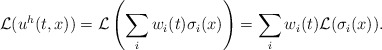
\begin{align*}\mathcal{L}(u^h(t,x))=\mathcal{L}\left(\sum_i w_i(t)\sigma_i(x)\right)= \sum_i w_i(t)\mathcal{L}(\sigma_i(x)).\end{align*}